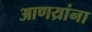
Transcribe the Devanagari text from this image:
आणय्रांना